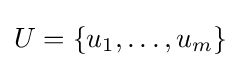
U=\{u_{1},\dots ,u_{m}\}